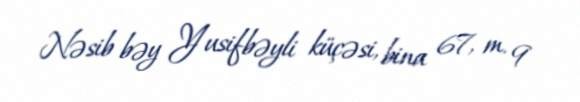
Nəsib bəy Yusifbəyli küçəsi, bina 67, m. 9